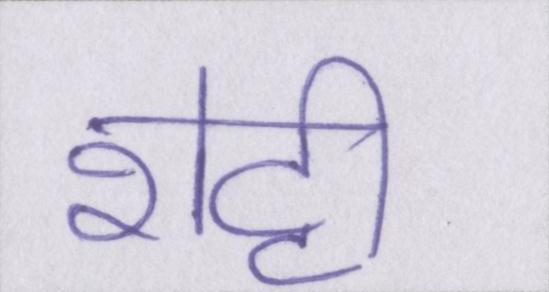
शेट्टी